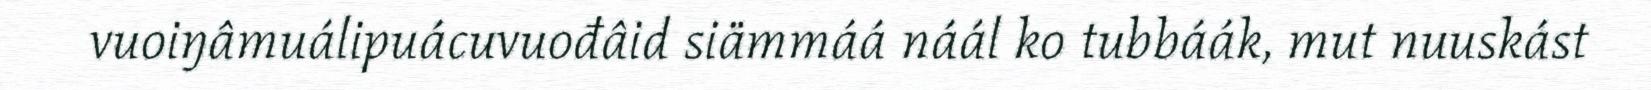
vuoiŋâmuálipuácuvuođâid siämmáá náál ko tubbáák, mut nuuskást